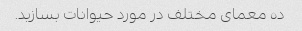
ده معمای مختلف در مورد حیوانات بسازید.